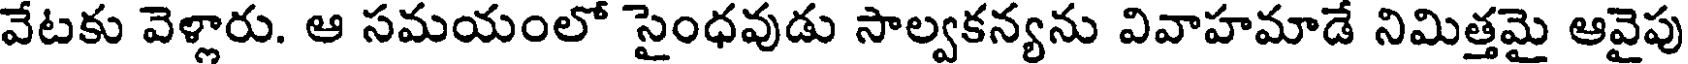
వేటకు వెళ్లారు. ఆ సమయంలో సైంధవుడు సాల్వకన్యను వివాహమాడే నిమిత్తమై ఆవైపు